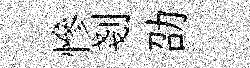
慘剗劭